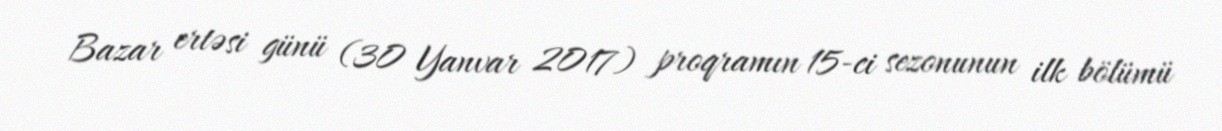
Bazar ertəsi günü (30 Yanvar 2017) proqramın 15-ci sezonunun ilk bölümü